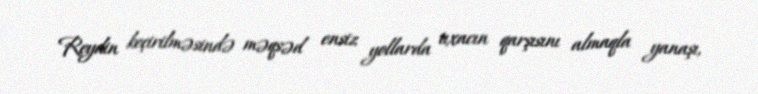
Reydin keçirilməsində məqsəd ensiz yollarda tıxacın qarşısını almaqla yanaşı,